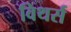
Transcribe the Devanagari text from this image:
विथर्स